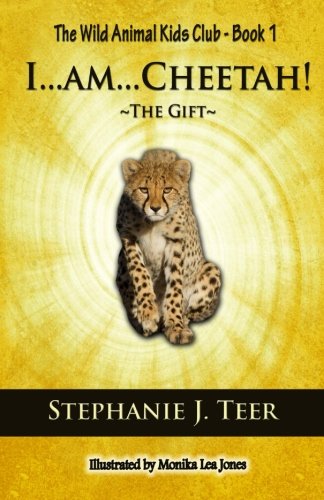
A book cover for I...am...Cheetah!: The Gift (Chapter Book for Kids 8-10) (The Wild Animal Kids Club) (Volume 1); Stephanie J. Teer; Children's Books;